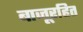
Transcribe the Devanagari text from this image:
बाजूरहित